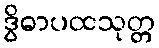
ဒွိဓာပထသုတ္တ